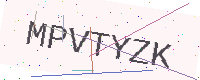
Text: MPVTYZK